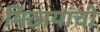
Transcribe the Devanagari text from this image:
मिठायांची